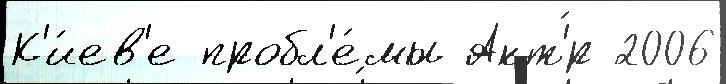
К'и́ев'е пробл'е́мы Акт'́р 2006